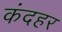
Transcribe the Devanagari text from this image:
कंदहर